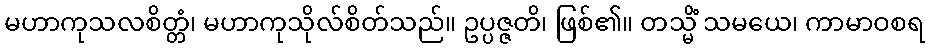
မဟာကုသလစိတ္တံ၊ မဟာကုသိုလ်စိတ်သည်။ ဥပ္ပဇ္ဇတိ၊ ဖြစ်၏။ တသ္မိံ သမယေ၊ ကာမာဝစရ